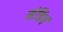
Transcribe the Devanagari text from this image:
मंत्रियं